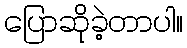
ပြောဆိုခဲ့တာပါ။